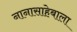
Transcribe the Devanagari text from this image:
नानासाहेबाला